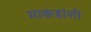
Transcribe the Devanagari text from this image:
माकडांशी